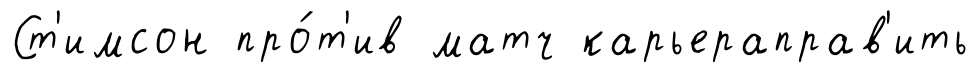
Ст'имсон про́т'ив матч карьераправ'ить